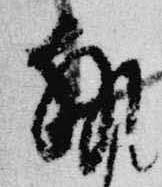
執